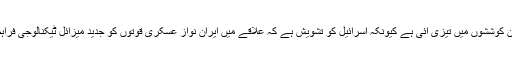
حالیہ ہفتوں میں ان کوششوں میں تیزی آئی ہے کیونکہ اسرائیل کو تشویش ہے کہ علاقے میں ایران نواز عسکری قوتوں کو جدید میزائل ٹیکنالوجی فراہم کی جا رہی ہے۔